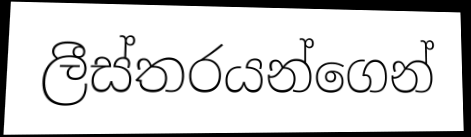
ලීස්තරයන්ගෙන්